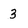
Character: 3